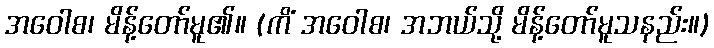
အဝေါစ၊ မိန့်တော်မူ၏။ (ကိံ အဝေါစ၊ အဘယ်သို့ မိန့်တော်မူသနည်း။)